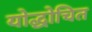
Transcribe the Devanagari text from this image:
योद्धोचित